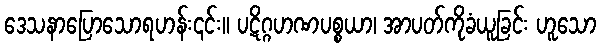
ဒေသနာပြောသောရဟန်း၎င်း။ ပဋိဂ္ဂဟဏပစ္စယာ၊ အာပတ်ကိုခံယူခြင်း ဟူသော